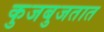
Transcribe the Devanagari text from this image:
कुजबुजतात